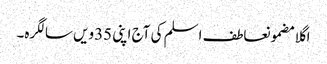
اگلا مضمونعاطف اسلم کی آج اپنی 35ویں سالگرہ۔